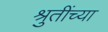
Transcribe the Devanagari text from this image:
श्रुतींच्या